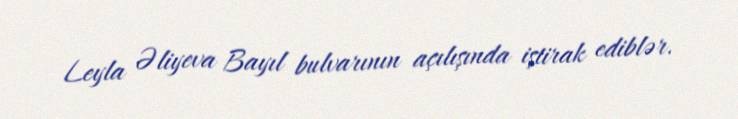
Leyla Əliyeva Bayıl bulvarının açılışında iştirak ediblər.